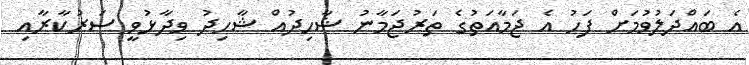
އެ ބައްދަލުވުމަށް ފަހު އެ ޖަމާއަތުގެ ތަރުޖަމާނު ޝާހިދުއް ޝާހިދު ވިދާޅުވީ ސަރުކާރާއި